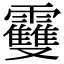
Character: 𩆿